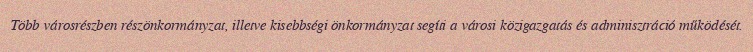
Több városrészben részönkormányzat, illetve kisebbségi önkormányzat segíti a városi közigazgatás és adminisztráció működését.